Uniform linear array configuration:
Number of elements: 48
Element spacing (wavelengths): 1
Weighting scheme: blackman
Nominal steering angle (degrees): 45
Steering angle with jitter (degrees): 43.826
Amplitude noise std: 0.05
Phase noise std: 0.05

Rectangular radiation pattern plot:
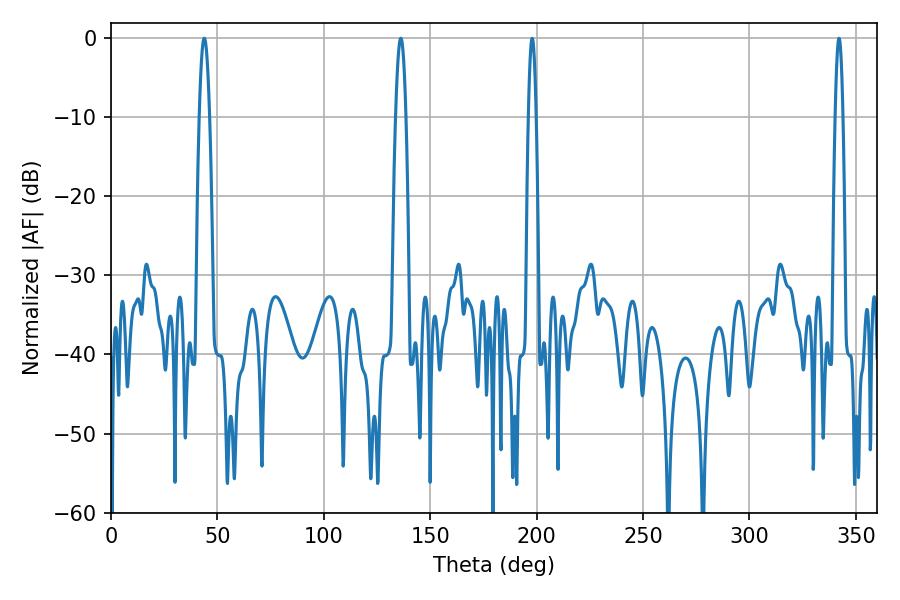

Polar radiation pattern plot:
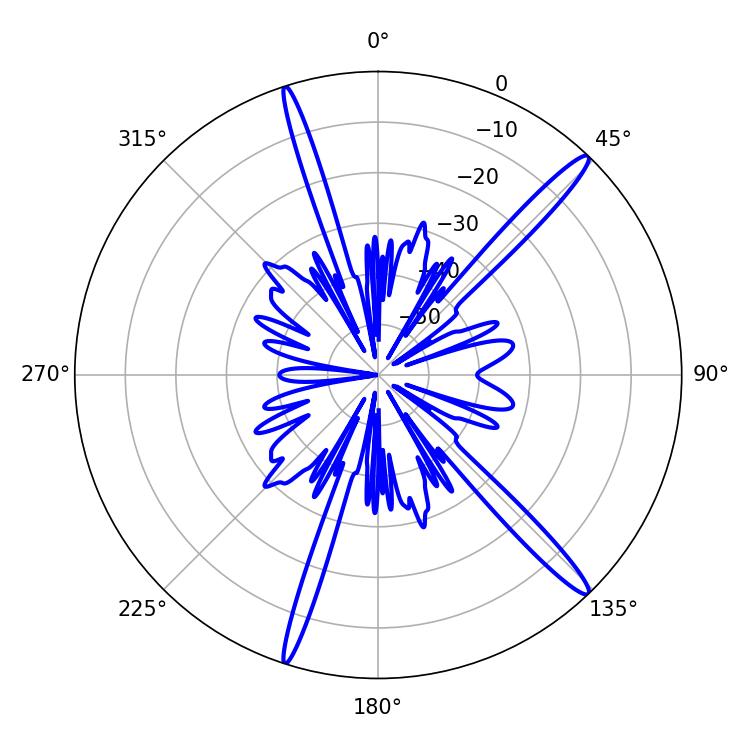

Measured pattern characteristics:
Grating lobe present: TRUE
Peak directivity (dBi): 16.311
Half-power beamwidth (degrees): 2.7
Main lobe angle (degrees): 43.74